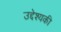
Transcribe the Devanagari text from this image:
उद्देश्यकी